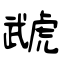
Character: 虣